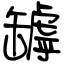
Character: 罅